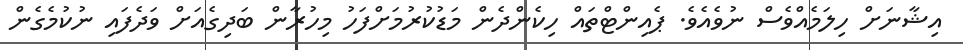
އިޝާނަށް ހިލަމެއްވެސް ނުވެއެވެ. ޕެއިންޓްތައް ހިކެންދެން މަޑުކުރުމަށްފަހު މިހުރާން ބަދިގެއަށް ވަދެފައި ނުކުމެގެން